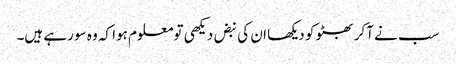
سب نے آکر بھٹو کو دیکھا ان کی نبض دیکھی تومعلوم ہوا کہ وہ سو رہے ہیں۔